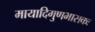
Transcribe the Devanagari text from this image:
मायादिगुणभासकः